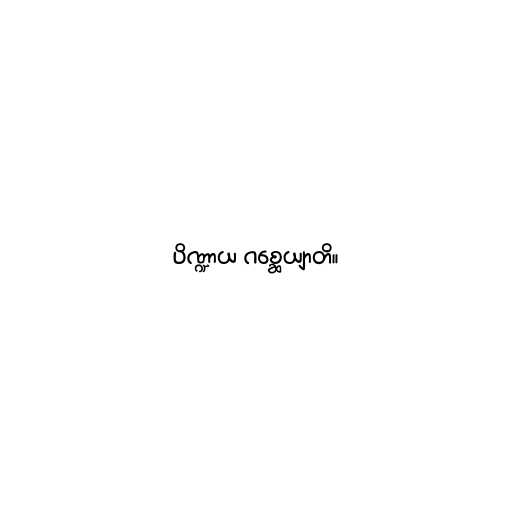
ပိဏ္ဍာယ ဂစ္ဆေယျာတိ။